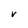
Character: V